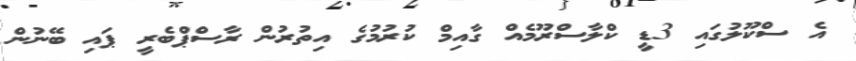
އެ ސްކޫލުގައި 3ޑީ ކްލާސްރޫމެއް ގާއިމް ކުރުމުގެ އިތުރުން ރާސްޕްބެރީ ޕައި ބޭނުން